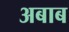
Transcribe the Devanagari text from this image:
अबाब